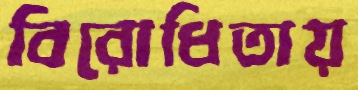
বিরোধিতায়